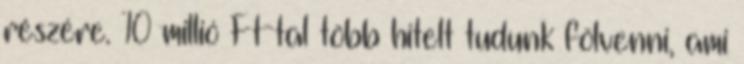
részére. 10 millió Ft-tal több hitelt tudunk fölvenni, ami